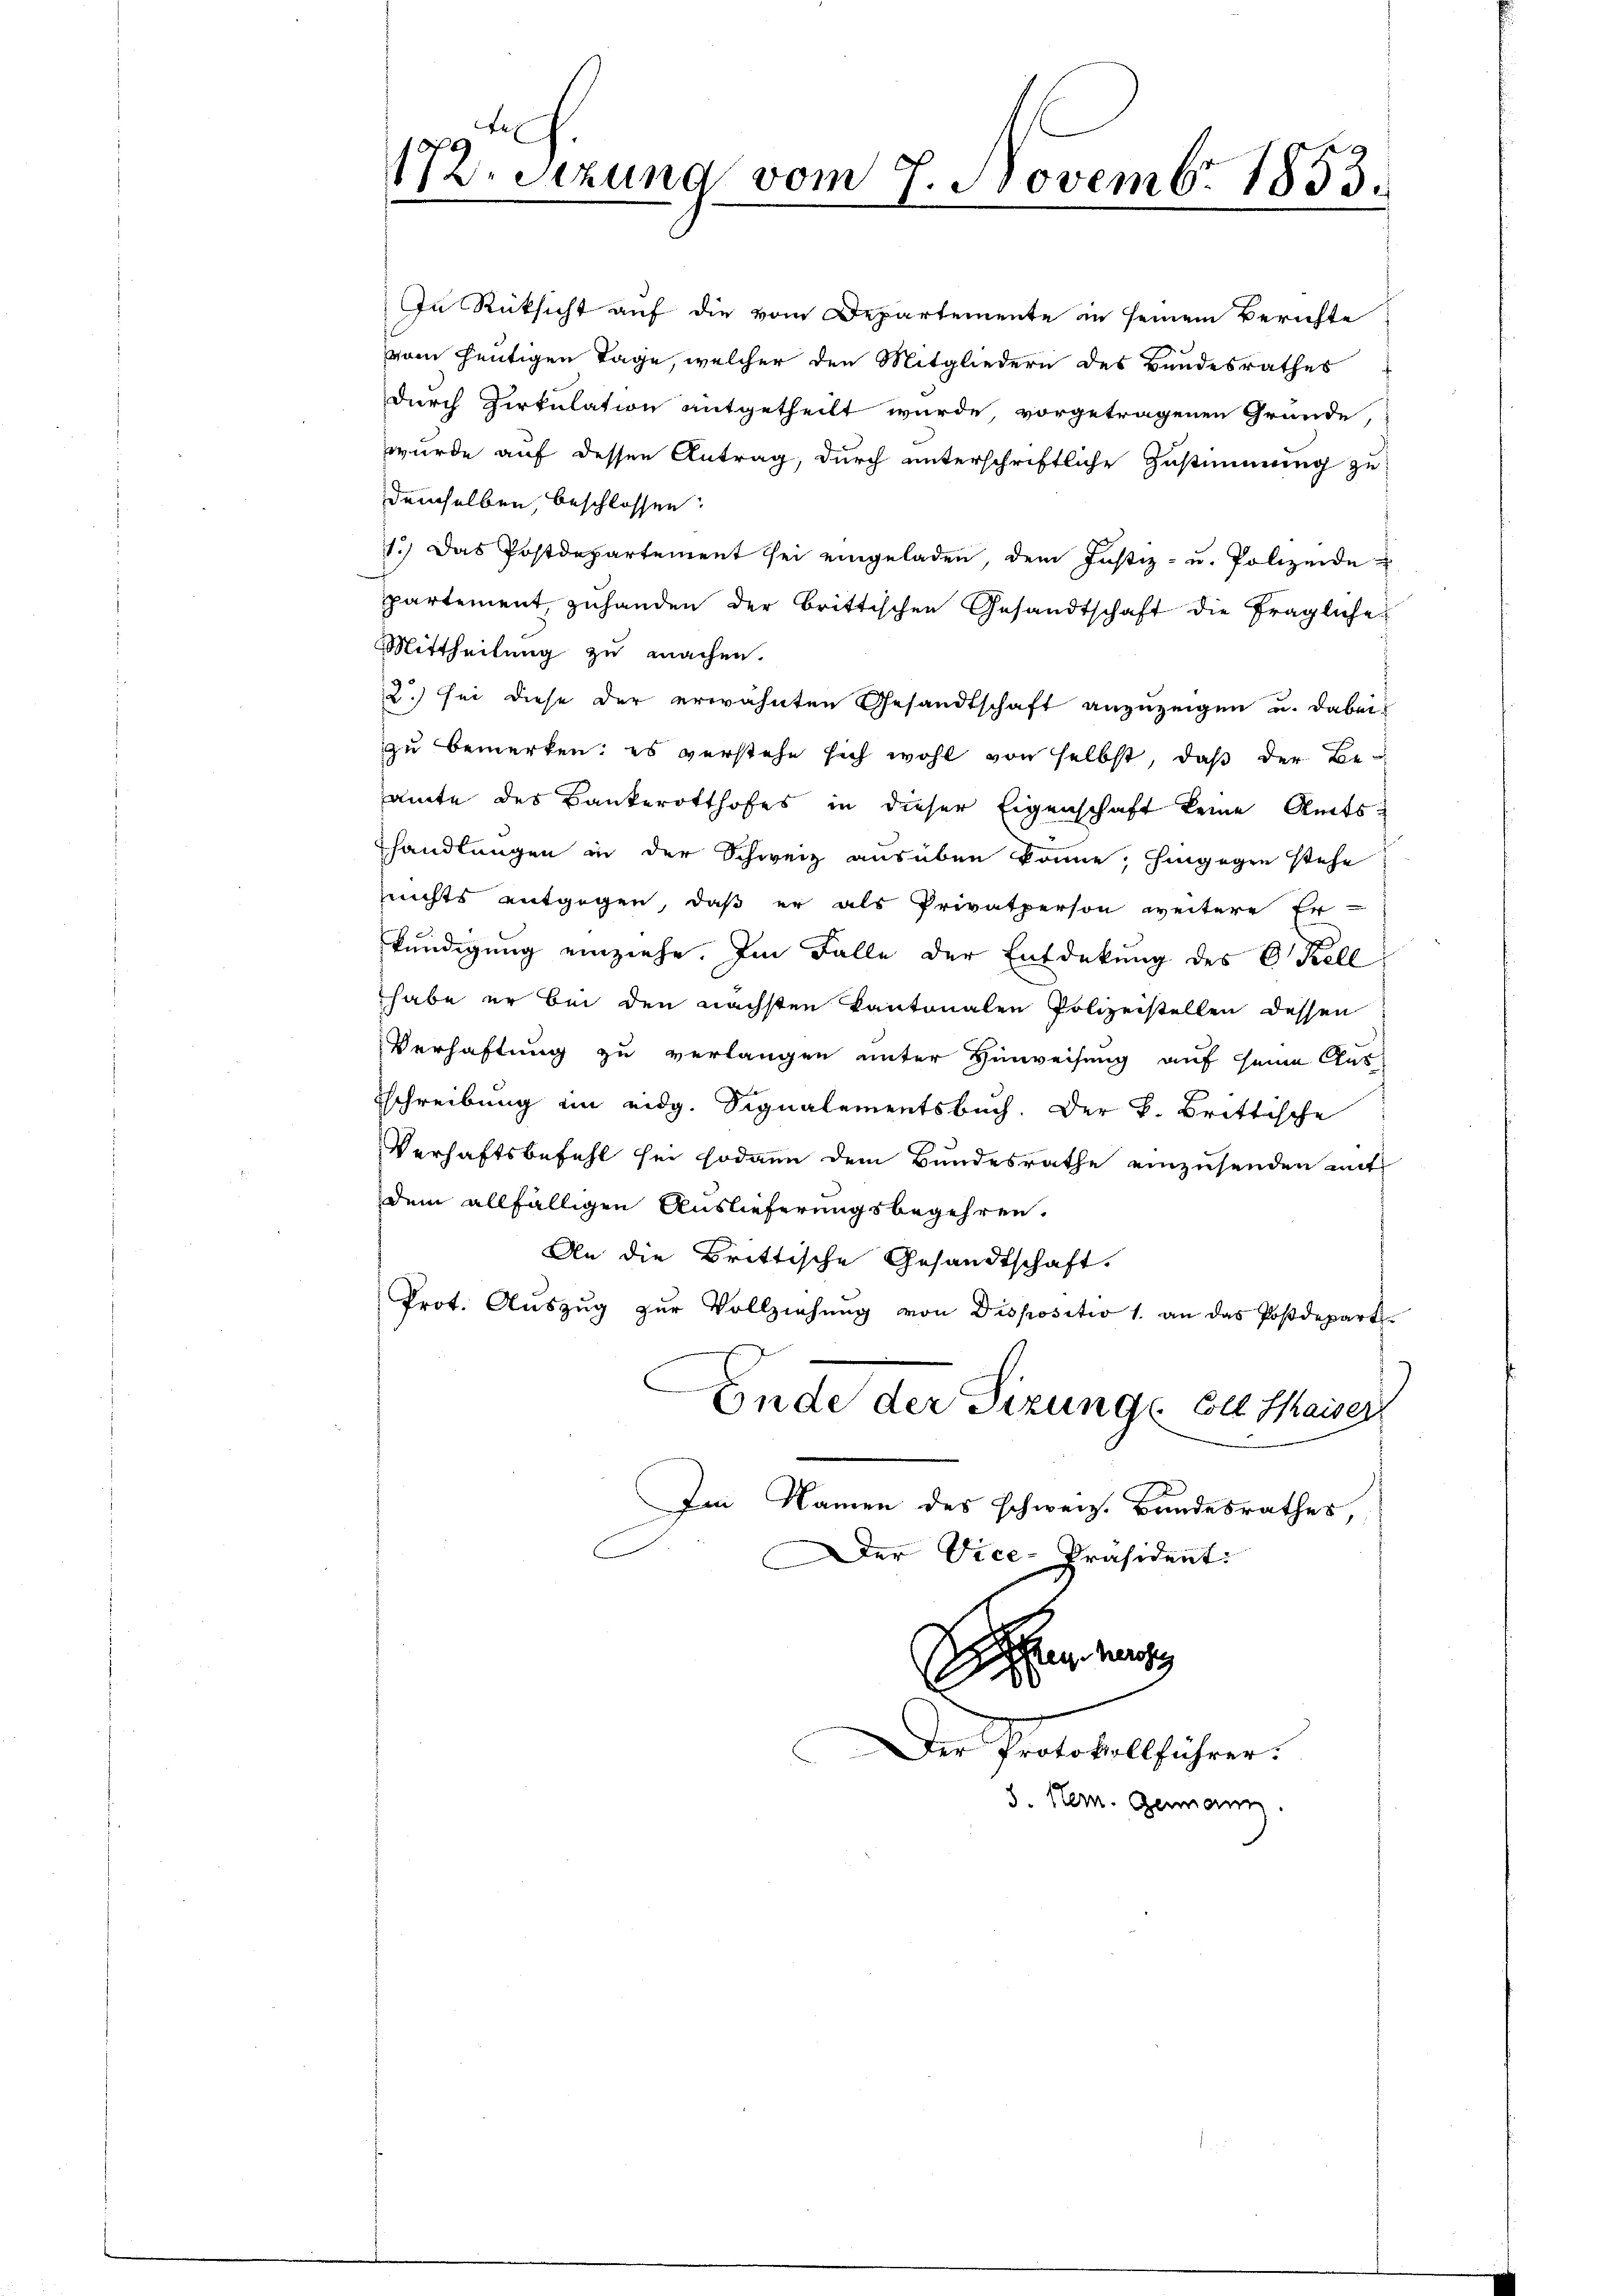
e
172. Sitzung vom 7. Novembr 1853.

wurde auf dessen Antrag, durch unterschriftliche Zustimmung zu
demselben, beschlossen:
1.) Das Postdepartement sei eingeladen, dem Justiz- u. Polizeide
partement, zuhanden der brittischen Gesandtschaft die fragliche
Mittheilung zu machen.
2.) sei diese der erwähnten Gesandtschaft anzuzeigen u. dabei
zu bemerken: es verstehe sich wohl von selbst, daß der Be-
amte des Bankerotthofes in dieser Eigenschaft keine Amtshandlungen in der Schweiz ausüben könne, hingegen stehe
rechts entgegen, daß er als Privatperson weitere Er-
kündigung einziehe. Im Falle der Entdekung des C. Kell
habe er bei den nächsten Kantonalen Polizeistellen dessen
Verhaftung zu verlangen unter Hinweisung auf seine Aus-
schreibung im eidg. Signalementsbuch. Der B. Brittische
Verhaftsbefehl sei sodann dem Bundesrathe einzusenden mit
dem allfälligen Auslieferungsbegehren.
An die Brittische Gesandtschaft.
Prot. Aŭszŭg zŭr Vollziehŭng von Dispositio 1. an das Postdepart.
Ende der Sizunge belthaiser
Im Namen des schweiz. Bandesrathes
Der Vice-Präsident:
n
E
Der Protokollführer.
8. Hern. Genann

In Rücksicht auf die vom Departemente in seinem Berichte
vom heutigen Tage, welcher den Mitgliedern des Bundesrathes
durch Zirkulation mitgetheilt wurde, vorgetragenen Gründe,